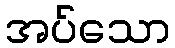
အပ်သော